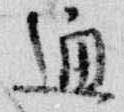
通